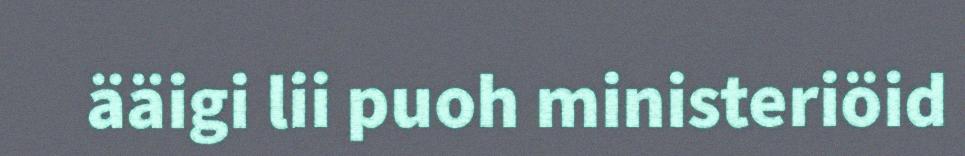
ääigi lii puoh ministeriöid